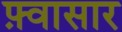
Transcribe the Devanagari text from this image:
फ़्वासार